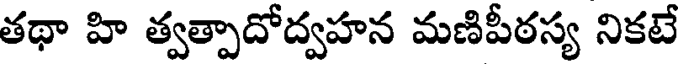
తథా హి త్వత్పాదోద్వహన మణిపీఠస్య నికటే